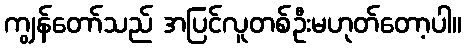
ကျွန်တော်သည် အပြင်လူတစ်ဦးမဟုတ်တော့ပါ။